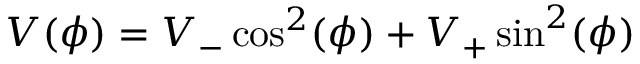
V ( \phi ) = V _ { - } \cos ^ { 2 } ( \phi ) + V _ { + } \sin ^ { 2 } ( \phi )